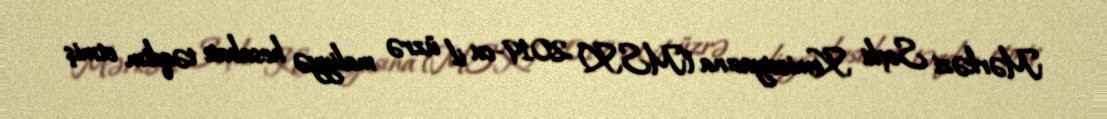
Mərkəzi Seçki Komissiyasına (MSK) 2019-cu il üzrə maliyyə hesabatı təqdim etmiş